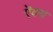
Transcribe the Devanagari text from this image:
ऎक्य